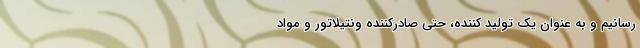
رسانیم و به عنوان یک تولید کننده، حتی صادرکننده ونتیلاتور و مواد